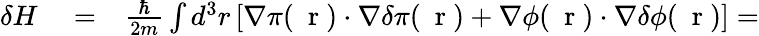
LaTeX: \begin{array}{rlr}{\delta H}&{{}=}&{\frac{\hbar}{2m}\int d^{3}r\left[\nabla\pi(\mathrm{~\mathbf~r~})\cdot\nabla\delta\pi(\mathrm{~\mathbf~r~})+\nabla\phi(\mathrm{~\mathbf~r~})\cdot\nabla\delta\phi(\mathrm{~\mathbf~r~})\right]=}\end{array}